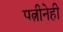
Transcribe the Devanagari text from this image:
पत्नीनेही